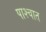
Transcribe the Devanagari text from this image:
पाश्‍चात